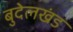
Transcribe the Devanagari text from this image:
बुदेलखंड